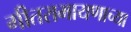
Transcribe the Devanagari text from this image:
गीतरामायणाच्या